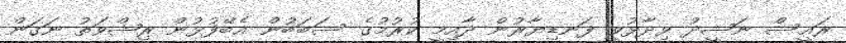
ރައީސް ނަޝީދު ވިދާޅުވީ ފަނޑިޔާރުން ދާއިމީ ކުރުމުގެ ސަބަބުން އެބޭފުޅުން ރިޝްވަތު ނަގަން